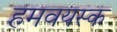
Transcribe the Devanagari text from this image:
हमवयस्क